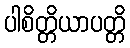
ပါစိတ္တိယာပတ္တိ